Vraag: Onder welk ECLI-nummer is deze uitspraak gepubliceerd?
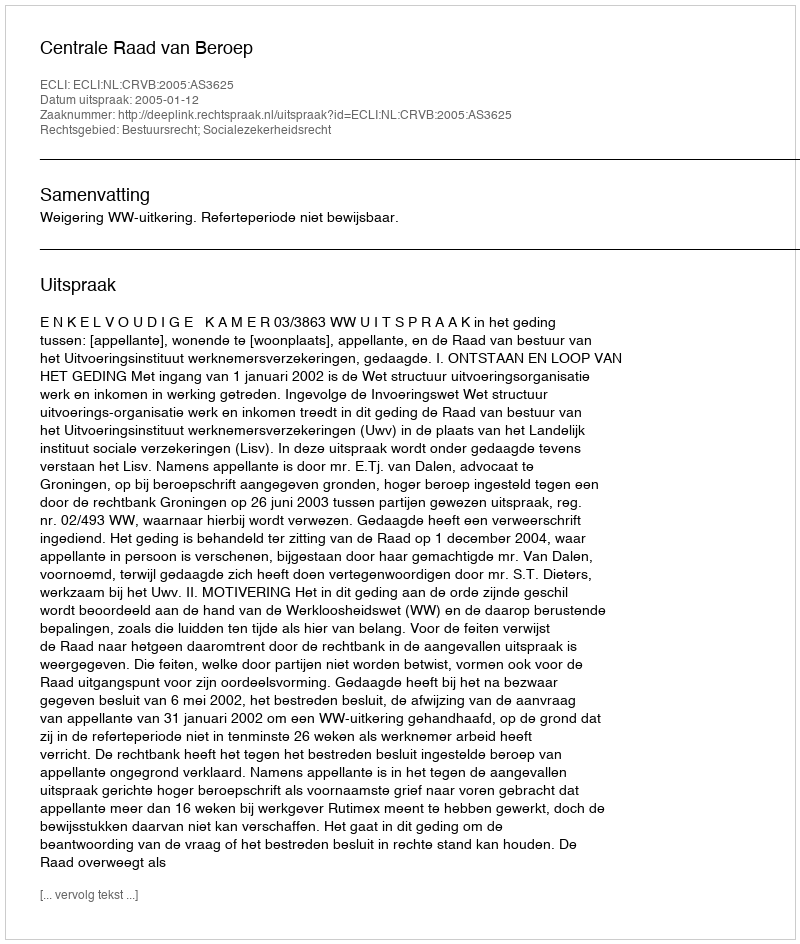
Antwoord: ECLI:NL:CRVB:2005:AS3625